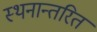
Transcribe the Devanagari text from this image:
स्थनान्तरित